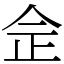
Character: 佱